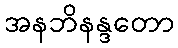
အနဘိနန္ဒတော